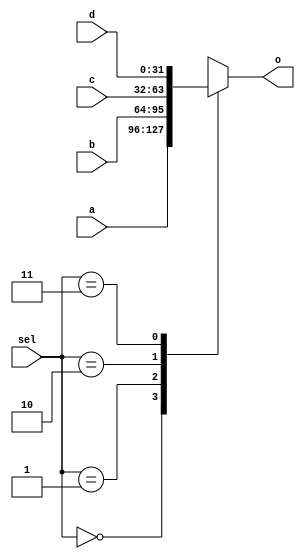
module mux4to1_32(
	input wire [1:0] sel,
	input wire [31:0] a,
	input wire [31:0] b,
	input wire [31:0] c,
	input wire [31:0] d,
	output reg [31:0] o
    );

always @(*)
	case(sel)
		2'b00: o<=a;
		2'b01: o<=b;
		2'b10: o<=c;
		2'b11: o<=d;
	endcase

endmodule